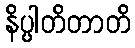
နိပ္ပါတိတာတိ